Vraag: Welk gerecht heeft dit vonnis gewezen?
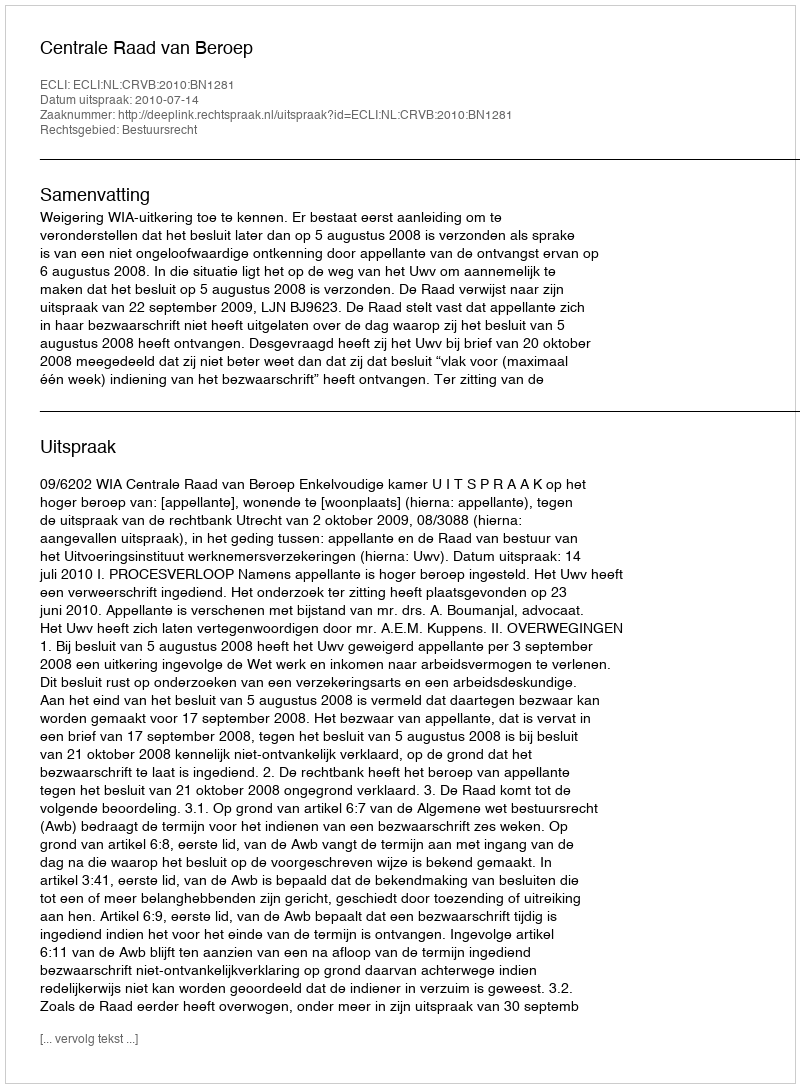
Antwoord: Centrale Raad van Beroep